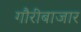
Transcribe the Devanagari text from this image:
गौरीबाजार